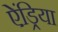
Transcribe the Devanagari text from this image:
ऐंड्रिया